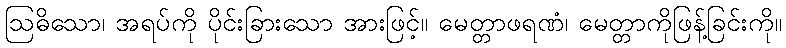
ဩဓိသော၊ အရပ်ကို ပိုင်းခြားသော အားဖြင့်။ မေတ္တာဖရဏံ၊ မေတ္တာကိုဖြန့်ခြင်းကို။